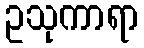
ဥသုကာရာ